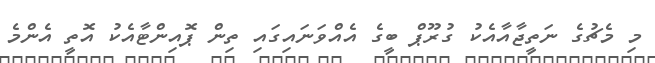
މި މެޗުގެ ނަތީޖާއާއެކު ގުރޫޕް ބީގެ އެއްވަނައިގައި ތިން ޕޮއިންޓާއެކު އޮތީ އެންމެ